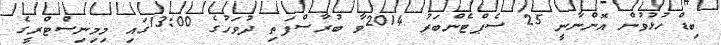
ބިޑް ހުޅުވުން އޮންނާނީ 25 ސެޕްޓެންބަރު 2014ވާ ބުރާސްފަތި ދުވަހުގެ 13:00ގައި މިމިނިސްޓްރީގެ